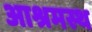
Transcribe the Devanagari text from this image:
आश्रमस्थ